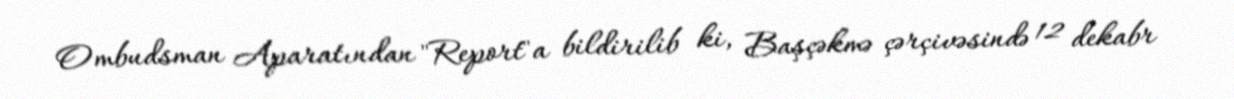
Ombudsman Aparatından "Report"a bildirilib ki, Başçəkmə çərçivəsində 12 dekabr